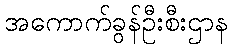
အကောက်ခွန်ဦးစီးဌာန